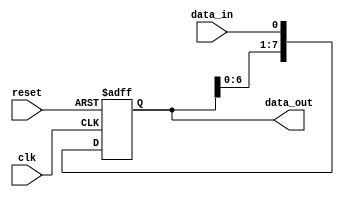
module SIPO_shift_register(
  input wire clk,
  input wire reset,
  input wire data_in,
  output reg [7:0] data_out
);

reg [7:0] reg_data;

always @(posedge clk or negedge reset) begin
  if (reset == 0) begin
    reg_data <= 8'b0;
  end else begin
    reg_data <= {reg_data[6:0], data_in};
  end
end

assign data_out = reg_data;

endmodule